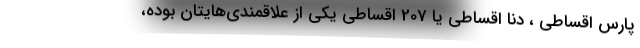
پارس اقساطی ، دنا اقساطی یا 207 اقساطی یکی از علاقمندی­هایتان بوده،